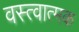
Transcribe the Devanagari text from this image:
वस्त्वात्मक